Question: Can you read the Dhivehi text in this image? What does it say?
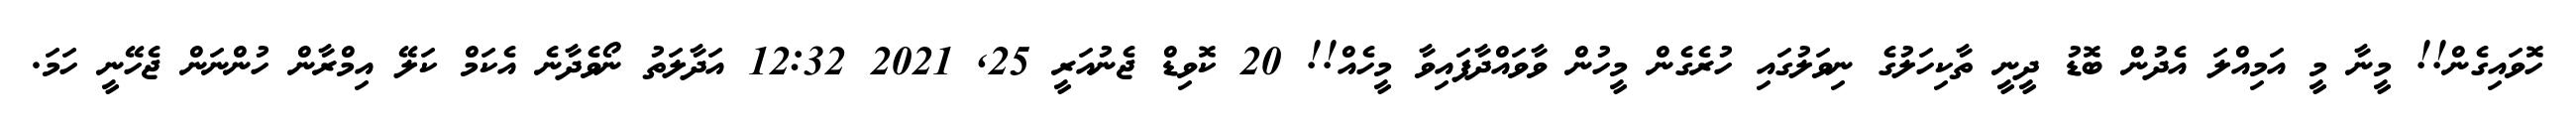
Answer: ހޮވައިގެން!! މީނާ މީ އަމިއްލަ އެދުން ބޮޑު ދީނީ ތާކިހަލުގެ ނިވަލުގައި ހުރެގެން މީހުން ވާވައްދާފައިވާ މީހެއް!! 20 ކޮވިޑް ޖެނުއަރީ 25, 2021 12:32 އަދާލަތު ނޯވެދާނެ އެކަމް ކަލޭ އިމްރާން ހުންނަން ޖެހޭނީ ހަމަ.